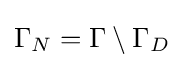
\Gamma _{N}=\Gamma \setminus \Gamma _{D}